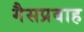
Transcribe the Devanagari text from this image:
गैसप्रवाह